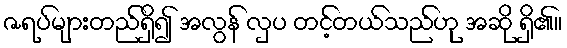
ဇရပ်များတည်ရှိ၍ အလွန် လှပ တင့်တယ်သည်ဟု အဆို ရှိ၏။